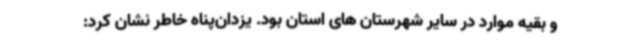
و بقیه موارد در سایر شهرستان های استان بود. یزدان‌پناه خاطر نشان کرد: